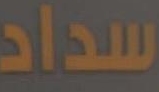
سداد